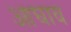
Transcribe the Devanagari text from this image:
आघाव